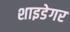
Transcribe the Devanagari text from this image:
शाइडेगर